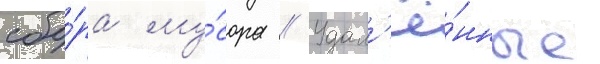
сбо́ра му́сора // Удал'ё́нные